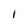
Character: 1